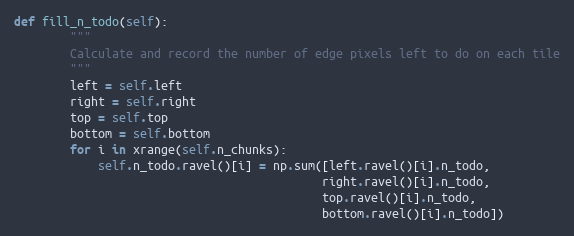
Language: Python
def fill_n_todo(self):
        """
        Calculate and record the number of edge pixels left to do on each tile
        """
        left = self.left
        right = self.right
        top = self.top
        bottom = self.bottom
        for i in xrange(self.n_chunks):
            self.n_todo.ravel()[i] = np.sum([left.ravel()[i].n_todo,
                                            right.ravel()[i].n_todo,
                                            top.ravel()[i].n_todo,
                                            bottom.ravel()[i].n_todo])